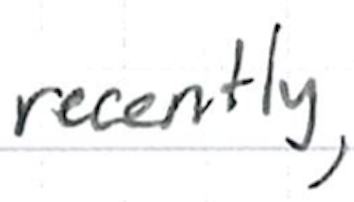
Text: recently,
Cross-out: clean
Writing tool: ballpoint